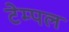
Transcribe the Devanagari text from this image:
टेम्‍पल